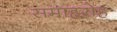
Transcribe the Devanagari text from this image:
समाहरोह